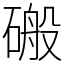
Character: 䃑